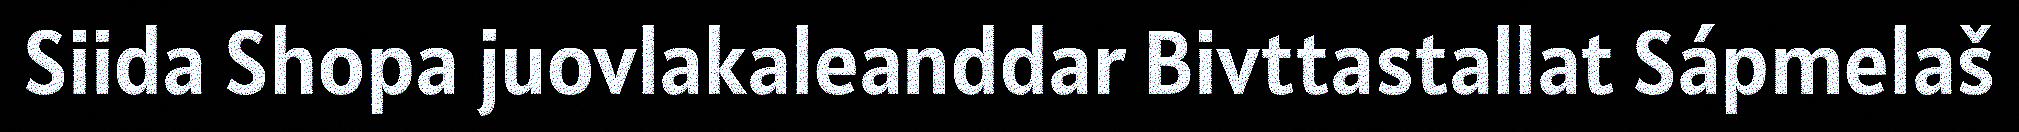
Siida Shopa juovlakaleanddar Bivttastallat Sápmelaš